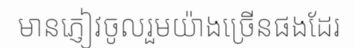
មានភ្ញៀវចូលរួមយ៉ាងច្រើនផងដែរ